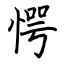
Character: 愕